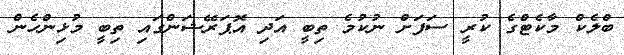
ބްލެކް މާކެޓްގެ ކުރީ ސަފަށް ނުކުމެ ތިބީ އަދި އޮޕަރޭޝަންގައި ތިބީ މުޅިންހެން